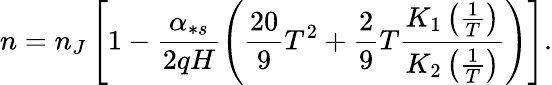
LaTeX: n=n_{J}\left[1-\frac{\alpha_{\ast s}}{2qH}\left(\frac{20}{9}T^{2}+\frac{2}{9}T\frac{K_{1}\left(\frac{1}{T}\right)}{K_{2}\left(\frac{1}{T}\right)}\right)\right].